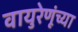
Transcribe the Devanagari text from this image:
वायुरेणूंच्या